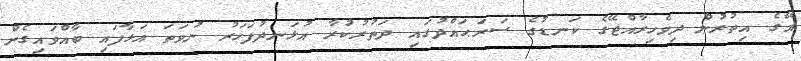
އޭގެ އިތުރުން ދިވެހިރާއްޖޭގެ ކަނޑުގެ ސަރަޙައްދުގައި ދަތުރުކުރާ އުޅަނދުފަހަރު ނުވަތަ އަޅާފައި ބާއްވައިގެން